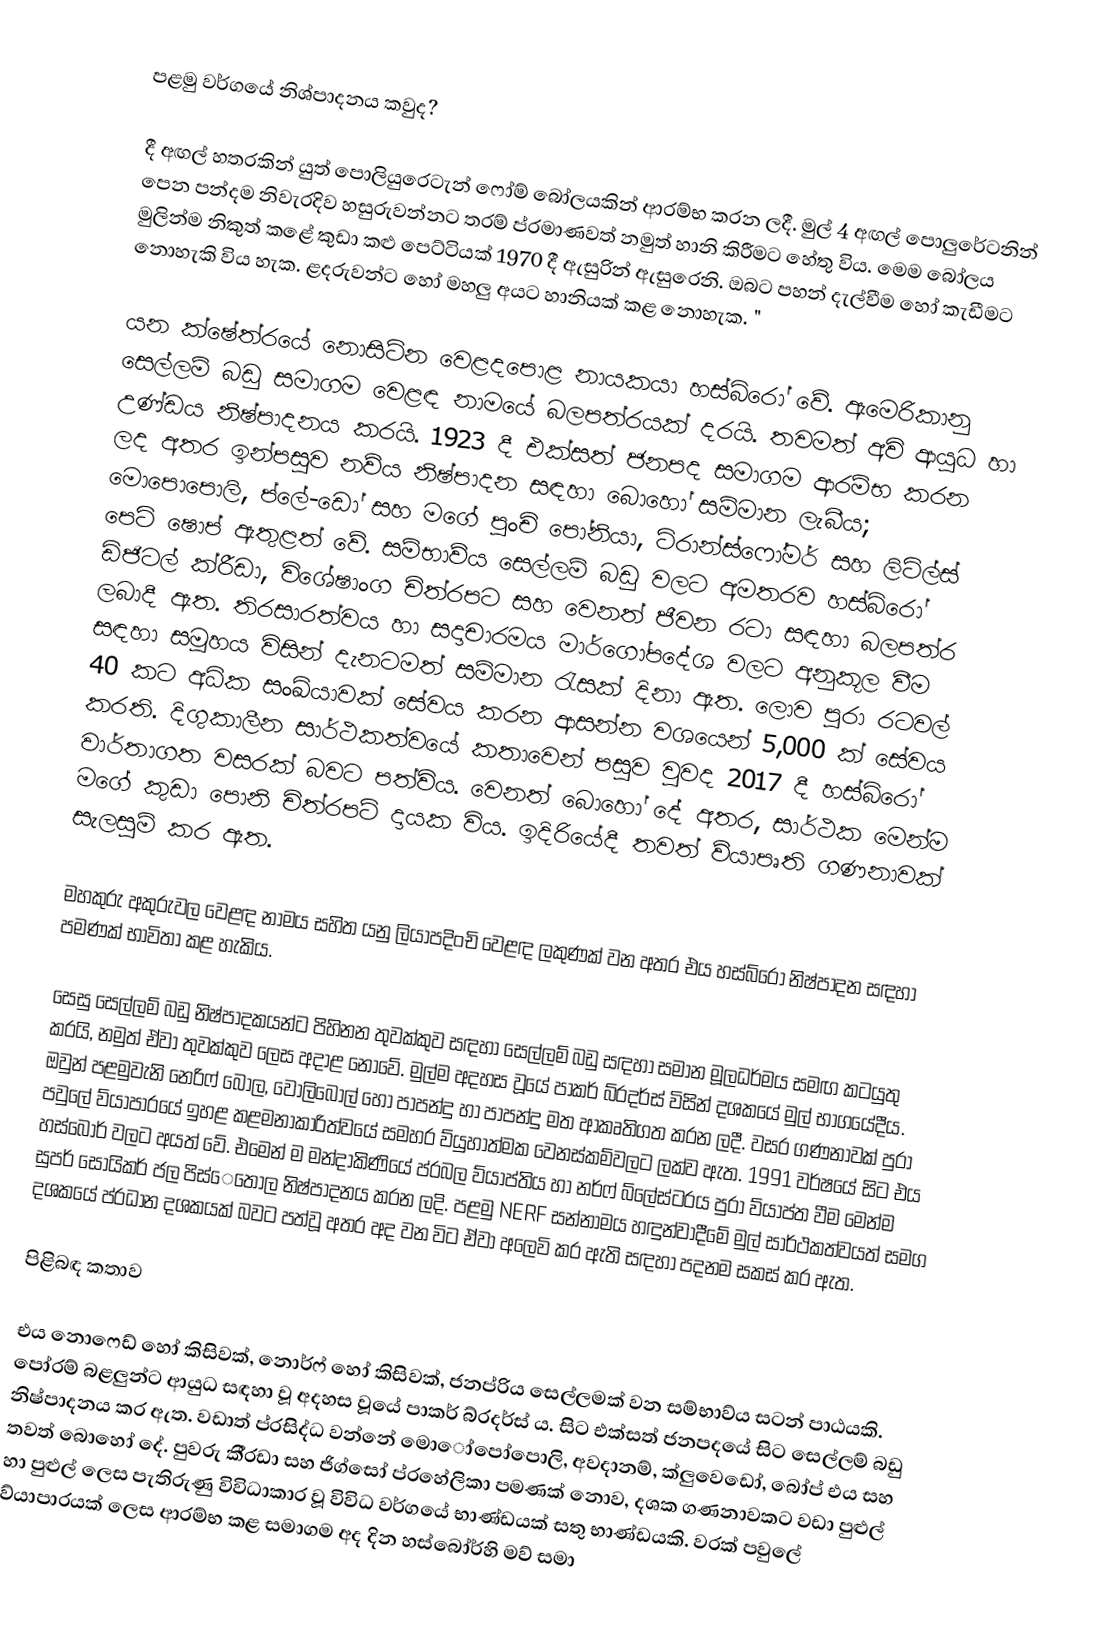
පළමු වර්ගයේ නිශ්පාදනය කවුද?

දී අඟල් හතරකින් යුත් පොලියුරෙටැන් ෆෝම් බෝලයකින් ආරම්භ කරන ලදී. මුල් 4 අඟල් පොලුරේටනින් පෙන පන්දම නිවැරදිව හසුරුවන්නට තරම් ප්රමාණවත් නමුත් හානි කිරීමට හේතු විය. මෙම බෝලය මුලින්ම නිකුත් කළේ කුඩා කළු පෙට්ටියක් 1970 දී ඇසුරින් ඇසුරෙනි. ඔබට පහන් දැල්වීම හෝ කැඩීමට නොහැකි විය හැක. ළදරුවන්ට හෝ මහලු අයට හානියක් කළ නොහැක. "

යන ක්ෂේත්රයේ නොසිටින වෙළදපොළ නායකයා හස්බ්රෝ වේ. ඇමෙරිකානු සෙල්ලම් බඩු සමාගම වෙළඳ නාමයේ බලපත්රයක් දරයි. තවමත් අවි ආයුධ හා උණ්ඩය නිෂ්පාදනය කරයි. 1923 දී එක්සත් ජනපද සමාගම ආරම්භ කරන ලද අතර ඉන්පසුව නව්ය නිෂ්පාදන සඳහා බොහෝ සම්මාන ලැබීය; මොපොපොලි, ප්ලේ-ඩෝ සහ මගේ පුංචි පෝනියා, ට්රාන්ස්ෆෝමර් සහ ලිට්ල්ස් පෙට් ෂොප් ඇතුළත් වේ. සම්භාව්ය සෙල්ලම් බඩු වලට අමතරව හස්බ්රෝ ඩිජිටල් ක්රීඩා, විශේෂාංග චිත්රපට සහ වෙනත් ජීවන රටා සඳහා බලපත්ර ලබාදී ඇත. තිරසාරත්වය හා සදාචාරමය මාර්ගෝපදේශ වලට අනුකූල වීම සඳහා සමූහය විසින් දැනටමත් සම්මාන රැසක් දිනා ඇත. ලොව පුරා රටවල් 40 කට අධික සංඛ්යාවක් සේවය කරන ආසන්න වශයෙන් 5,000 ක් සේවය කරති. දිගුකාලීන සාර්ථකත්වයේ කතාවෙන් පසුව වුවද 2017 දී හස්බ්රෝ වාර්තාගත වසරක් බවට පත්විය. වෙනත් බොහෝ දේ අතර, සාර්ථක මෙන්ම මගේ කුඩා පොනි චිත්රපටි දායක විය. ඉදිරියේදී තවත් ව්යාපෘති ගණනාවක් සැලසුම් කර ඇත.

මහකුරු අකුරුවල වෙළඳ නාමය සහිත යනු ලියාපදිංචි වෙළඳ ලකුණක් වන අතර එය හස්බ්රෝ නිෂ්පාදන සඳහා පමණක් භාවිතා කළ හැකිය.

සෙසු සෙල්ලම් බඩු නිෂ්පාදකයන්ට පිහිනන තුවක්කුව සඳහා සෙල්ලම් බඩු සඳහා සමාන මූලධර්මය සමඟ කටයුතු කරයි, නමුත් ඒවා තුවක්කුව ලෙස අදාළ නොවේ. මුල්ම අදහස වූයේ පාකර් බ්රදර්ස් විසින් දශකයේ මුල් භාගයේදීය. ඔවුන් පළමුවැනි නෙරිෆ් බෝල, වොලිබෝල් හෝ පාපන්දු හා පාපන්දු මත ආකෘතිගත කරන ලදී. වසර ගණනාවක් පුරා පවුලේ ව්යාපාරයේ ඉහළ කළමනාකාරිත්වයේ සමහර ව්යුහාත්මක වෙනස්කම්වලට ලක්ව ඇත. 1991 වර්ෂයේ සිට එය හස්බෝර් වලට අයත් වේ. එමෙන් ම මන්දාකිණියේ ප්රබල ව්යාප්තිය හා නර්ෆ් බ්ලේස්ටරය පුරා ව්යාප්ත වීම මෙන්ම සුපර් සොයිකර් ජල පිස්ෙතෝල නිෂ්පාදනය කරන ලදි. පළමු NERF සන්නාමය හඳුන්වාදීමේ මුල් සාර්ථකත්වයත් සමග දශකයේ ප්රධාන දශකයක් බවට පත්වූ අතර අද වන විට ඒවා අලෙවි කර ඇති සඳහා පදනම සකස් කර ඇත.

පිළිබඳ කතාව

එය නොෆෙඩ් හෝ කිසිවක්, නොර්ෆ් හෝ කිසිවක්, ජනප්රිය සෙල්ලමක් වන සම්භාව්ය සටන් පාඨයකි. පෝරම් බළලුන්ට ආයුධ සඳහා වූ අදහස වූයේ පාකර් බ්රදර්ස් ය. සිට එක්සත් ජනපදයේ සිට සෙල්ලම් බඩු නිෂ්පාදනය කර ඇත. වඩාත් ප්රසිද්ධ වන්නේ මොෝපෝපොලි, අවදානම්, ක්ලුවෙඩෝ, බෝප් එය සහ තවත් බොහෝ දේ. පුවරු කී්රඩා සහ ජිග්සෝ ප්රහේලිකා පමණක් නොව, දශක ගණනාවකට වඩා පුළුල් හා පුළුල් ලෙස පැතිරුණු විවිධාකාර වූ විවිධ වර්ගයේ භාණ්ඩයක් සතු භාණ්ඩයකි. වරක් පවුලේ ව්යාපාරයක් ලෙස ආරම්භ කළ සමාගම අද දින හස්බෝර්හි මව් සමා